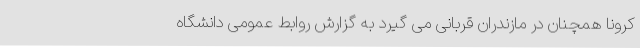
کرونا همچنان در مازندران قربانی می گیرد به گزارش روابط عمومی دانشگاه